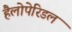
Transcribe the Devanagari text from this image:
हैलोपेरिडल